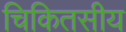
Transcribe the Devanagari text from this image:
चिकितसीय